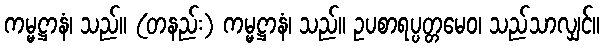
ကမ္မဋ္ဌာနံ၊ သည်။ (တနည်း) ကမ္မဋ္ဌာနံ၊ သည်။ ဥပစာရပ္ပတ္တမေဝ၊ သည်သာလျှင်။